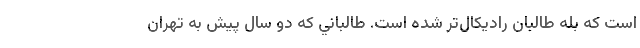
است كه بله طالبان راديكال‌تر شده است. طالباني كه دو سال پيش به تهران